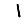
Digit: 1